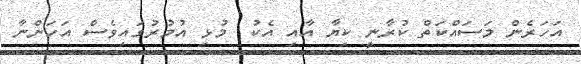
އަހަރެން މަސައްކަތް ކުރާނީ ކިޔާ އާއި އެކު  މުޅި އުމުރުގައިވެސް އަހަންނާ